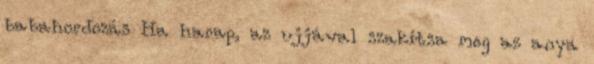
babahordozás Ha harap, az ujjával szakítsa meg az anya